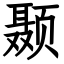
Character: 颞